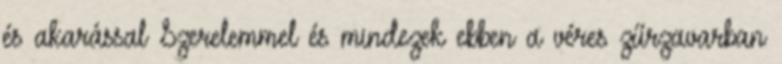
és akarással Szerelemmel és mindezek ebben a véres zűrzavarban